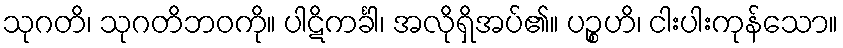
သုဂတိ၊ သုဂတိဘဝကို။ ပါဋိကင်္ခါ၊ အလိုရှိအပ်၏။ ပဉ္စဟိ၊ ငါးပါးကုန်သော။